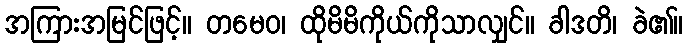
အကြားအမြင်ဖြင့်။ တမေဝ၊ ထိုမိမိကိုယ်ကိုသာလျှင်။ ခါဒတိ၊ ခဲ၏။